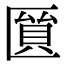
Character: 𠥘